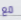
مع